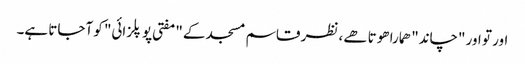
اور تو اور "چاند" ھمارا ھوتا ھے، نظر قاسم مسجد کے "مفتی پوپلزائی" کو آجاتا ہے۔